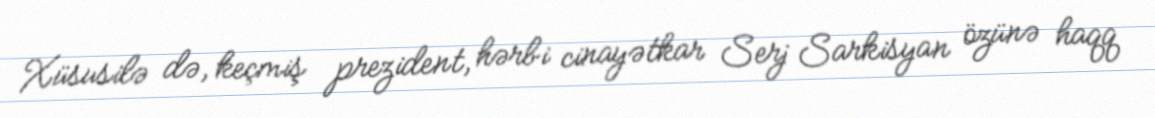
Xüsusilə də, keçmiş prezident, hərbi cinayətkar Serj Sarkisyan özünə haqq